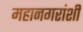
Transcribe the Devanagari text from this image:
महानगरांशी